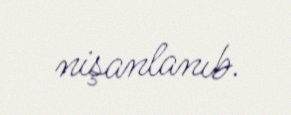
nişanlanıb.